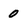
Character: 0